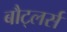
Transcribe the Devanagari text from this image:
बौट्लर्स